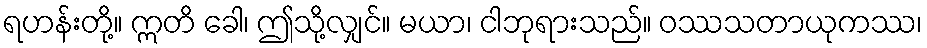
ရဟန်းတို့။ ဣတိ ခေါ၊ ဤသို့လျှင်။ မယာ၊ ငါဘုရားသည်။ ဝဿသတာယုကဿ၊